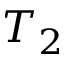
T _ { 2 }